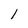
Character: 1